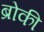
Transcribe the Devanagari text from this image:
ब्रोकी